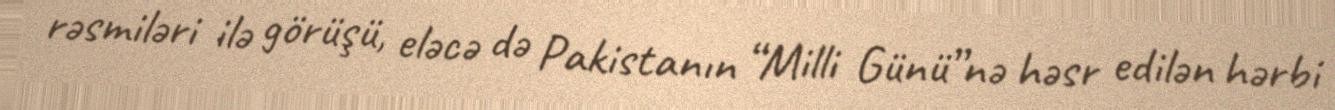
rəsmiləri ilə görüşü, eləcə də Pakistanın “Milli Günü”nə həsr edilən hərbi